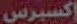
إكسبرس